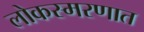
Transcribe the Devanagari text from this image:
लोकस्मरणात